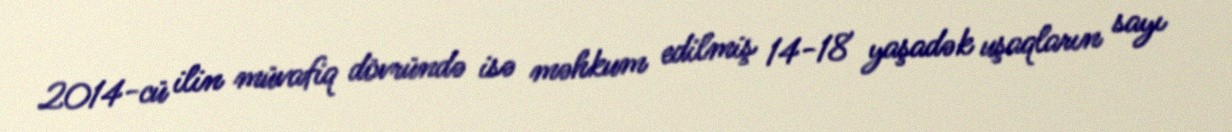
2014-cü ilin müvafiq dövründə isə məhkum edilmiş 14-18 yaşadək uşaqların sayı